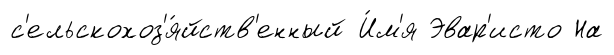
с'ельскохоз'я́йств'енный И́м'я Эвар'исто На